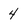
Character: 4